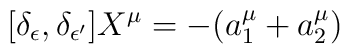
[\delta_\epsilon, \delta_{\epsilon'}] X^\mu  = - (a_1^\mu + a_2^\mu)